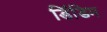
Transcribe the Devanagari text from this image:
डिंडिम